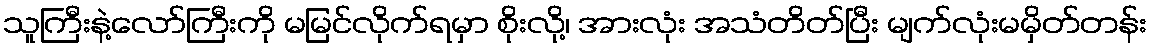
သူကြီးနဲ့လော်ကြီးကို မမြင်လိုက်ရမှာ စိုးလို့၊ အားလုံး အသံတိတ်ပြီး မျက်လုံးမမှိတ်တန်း